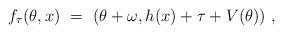
LaTeX: \begin{align*} f_\tau(\theta,x) \ = \ (\theta+\omega,h(x)+\tau+V(\theta)) \ , \end{align*}